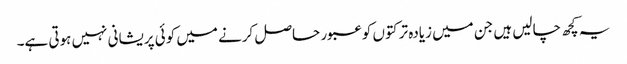
یہ کچھ چالیں ہیں جن میں زیادہ تر کتوں کو عبور حاصل کرنے میں کوئی پریشانی نہیں ہوتی ہے۔